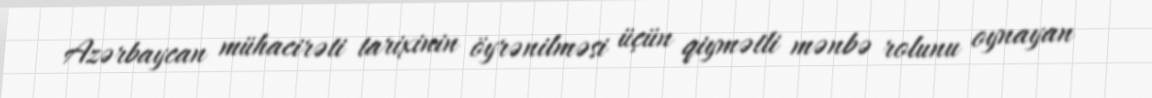
Azərbaycan mühacirəti tarixinin öyrənilməsi üçün qiymətli mənbə rolunu oynayan